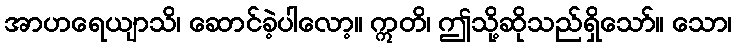
အာဟရေယျာသိ၊ ဆောင်ခဲ့ပါလော့။ ဣတိ၊ ဤသို့ဆိုသည်ရှိသော်။ သော၊